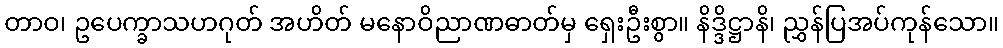
တာဝ၊ ဥပေက္ခာသဟဂုတ် အဟိတ် မနောဝိညာဏဓာတ်မှ ရှေးဦးစွာ။ နိဒ္ဒိဋ္ဌာနိ၊ ညွှန်ပြအပ်ကုန်သော။